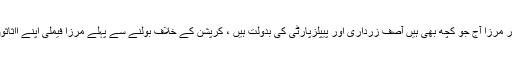
جبکہ سعید غنی نے کہا کہ فہمیدہ مرزا اور ذوالفقار مرزا آج جو کچھ بھی ہیں آصف زرداری اور پیپلزپارٹی کی بدولت ہیں ، کرپشن کے خلاف بولنے سے پہلے مرزا فیملی اپنے ااثاثوں میں ہونے والے ہوشربا اضافہ کی وضاحت دے۔